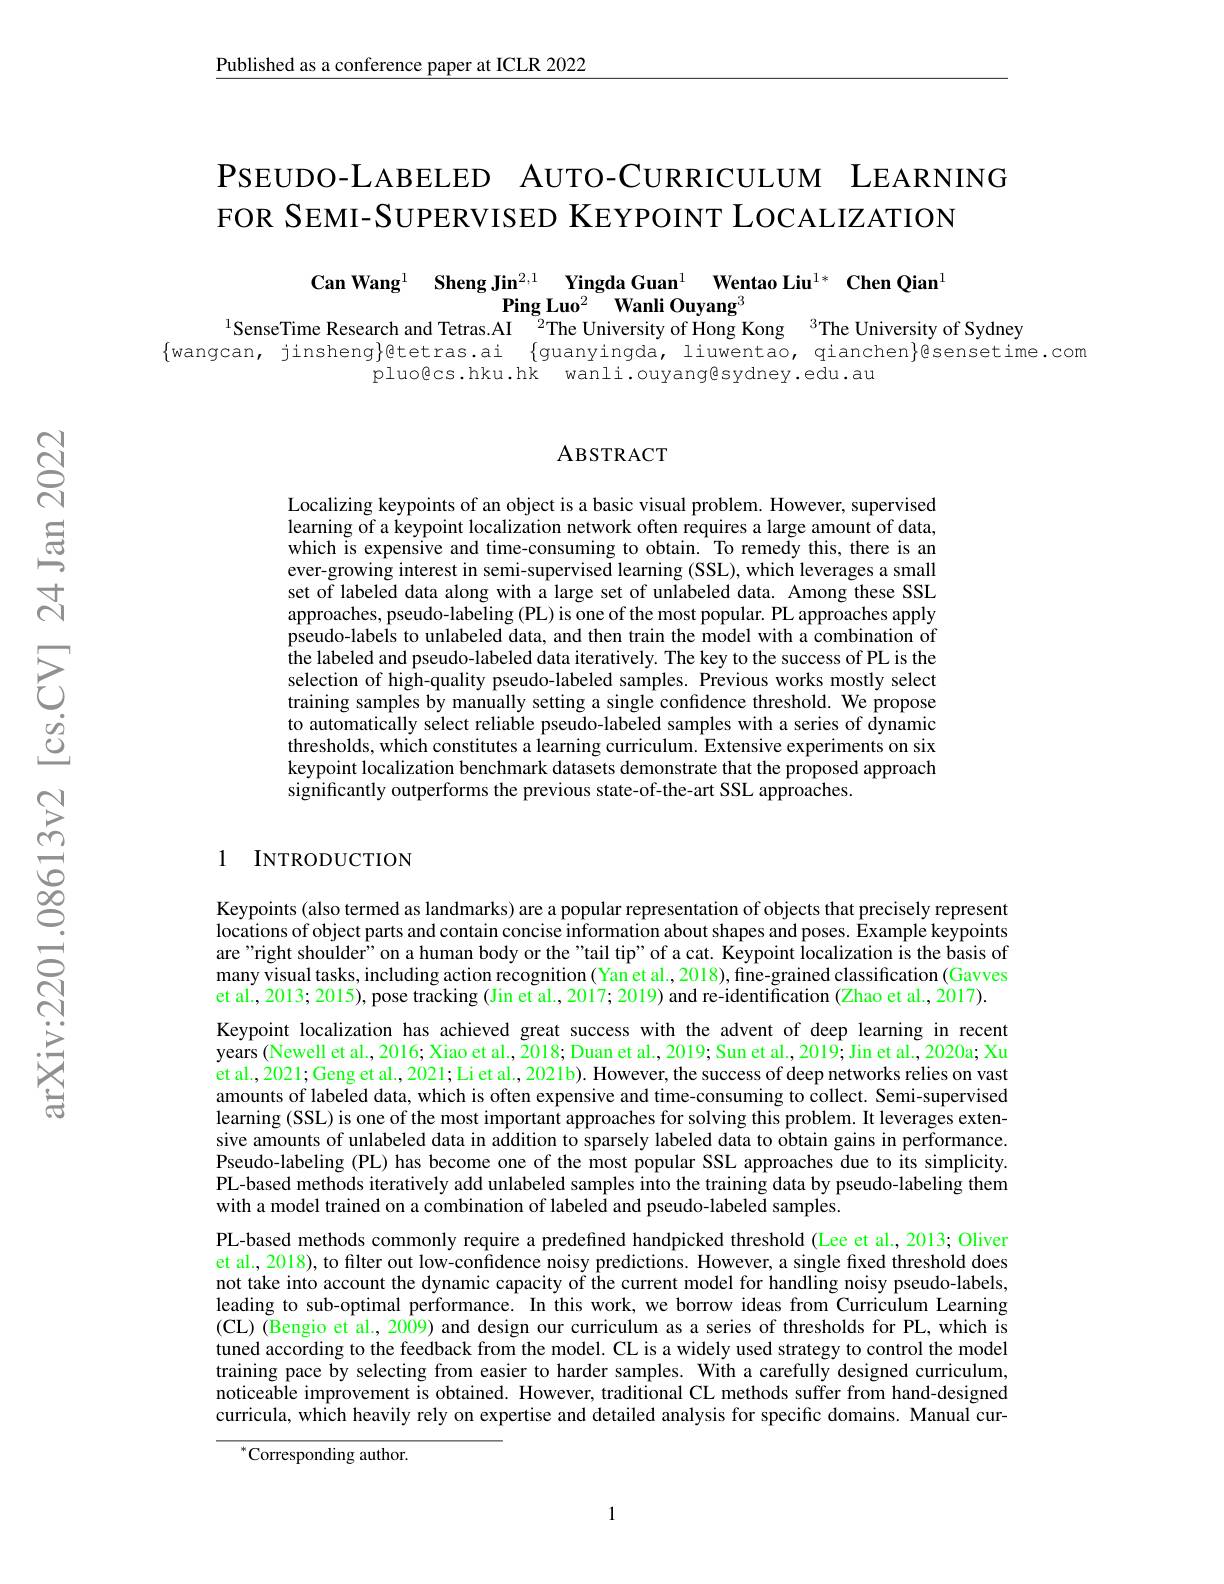
$\underline{\text{Published as a conference paper at ICLR 2022}}$

$\mathsf{P}$SEUDO-LABELED AUTO-CURRICULUM LEARNING
FOR SEMI-SUPERVISED KEYPOINT LOCALIZATION

Can Wang$^1$ $\textbf{Sheng Jin}^{2, 1}$ $\textbf{Yingda Guan}^1$ $\textbf{Wentao Liu}^{1* }$ $\textbf{Chen Qian}^1$
$\textbf{Ping Luo}^{2}$ $\textbf{Wanli Ouyang}^{3}$
$^{1}$SenseTime Research and Tetras.AI$^{2}$The University of Hong Kong$^{3}$The University of Sydney
$\{$wangcan, jinsheng$\}$@tetras.ai {guanyingda, liuwentao, qianchen}@sensetime.com
pluogcs.hku.hk wanli.ouyangesydney.edu.au

### ABSTRACT

Localizing keypoints of an object is a basic visual problem. However, supervised learning of a keypoint localization network often requires a large amount of data, which is expensive and time-consuming to obtain. To remedy this, there is an ever-growing interest in semi-supervised learning (SSL), which leverages a small set of labeled data along with a large set of unlabeled data. Among these SSL approaches, pseudo-labeling (PL) is one of the most popular. PL approaches apply pseudo-labels to unlabeled data, and then train the model with a combination of $\hat{\text{the labeled and pseudo-labeled data iteratively. The key to the success of PL is the}}$ selection of high-quality pseudo-labeled samples. Previous works mostly select training samples by manually setting a single confidence threshold. We propose to automatically select reliable pseudo-labeled samples with a series of dynamic thresholds, which constitutes a learning curriculum. Extensive experiments on six keypoint localization benchmark datasets demonstrate that the proposed approach significantly outperforms the previous state-of-the-art SSL approaches.

## 1 INTRODUCTION

Keypoints (also termed as landmarks) are a popular representation of objects that precisely represent locations of object parts and contain concise information about shapes and poses. Êxample keypoints are "right shoulder" on a human body or the "tail tip" of a cat. Keypoint localization is the basis of many visual tasks, including action recognition (Yan et al., 2018), fine-grained classification (Gavves et al., 2013; 2015), pose tracking (Jin et al., 2017; 2019) and re-identification (Zhao et al., 2017). Keypoint localization has achieved great success with the advent of deep learning in recent years (Newell et al., 2016; Xiao et al., Z018; Duan et al., 2019; Sun et al., 2019; Jin et al., 2020a; Xu et al., 2021; Geng et al., 2021; Li et al., 2021b). However, the success of deep networks relies on vast amounts of labeled data, which is often expensive and time-consuming to collect. Semi-supervised learning (SSL) is one of the most important approaches for solving this problem. It leverages extensive amounts of unlabeled data in addition to sparsely labeled data to obtain gains in performance. Pseudo-labeling (PL) has become one of the most popular SSL approaches due to its simplicity. PL-based methods iteratively add unlabeled samples into the training data by pseudo-labeling them with a model trained on a combination of labeled and pseudo-labeled samples.
PL-based methods commonly require a predefined handpicked threshold (Lee et al., 2013; Oliver et al., 2018), to filter out low-confidence noisy predictions. However, a single fixed threshold does not take into account the dynamic capacity of the current model for handling noisy pseudo-labels, leading to sub-optimal performance. In this work, we borrow ideas from Curriculum Learning $(\mathbf{CL})$ (Bengio et al., 2009) and design our curriculum as a series of thresholds for PL, which is tuned according to the feedback from the model. CL is a widely used strategy to control the model training pace by selecting from easier to harder samples. With a carefully designed curriculum, noticeable improvement is obtained. However, traditional CL methods suffer from hand-designed curricula, which heavily rely on expertise and detailed analysis for specific domains. Manual cur-
${}^{*}$Corresponding author.